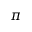
\pi